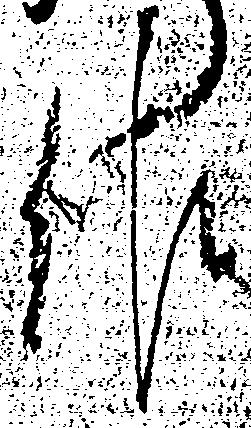
佐